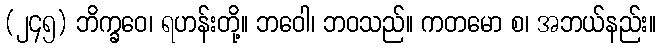
(၂၄၅) ဘိက္ခဝေ၊ ရဟန်းတို့။ ဘဝေါ၊ ဘဝသည်။ ကတမော စ၊ အဘယ်နည်း။